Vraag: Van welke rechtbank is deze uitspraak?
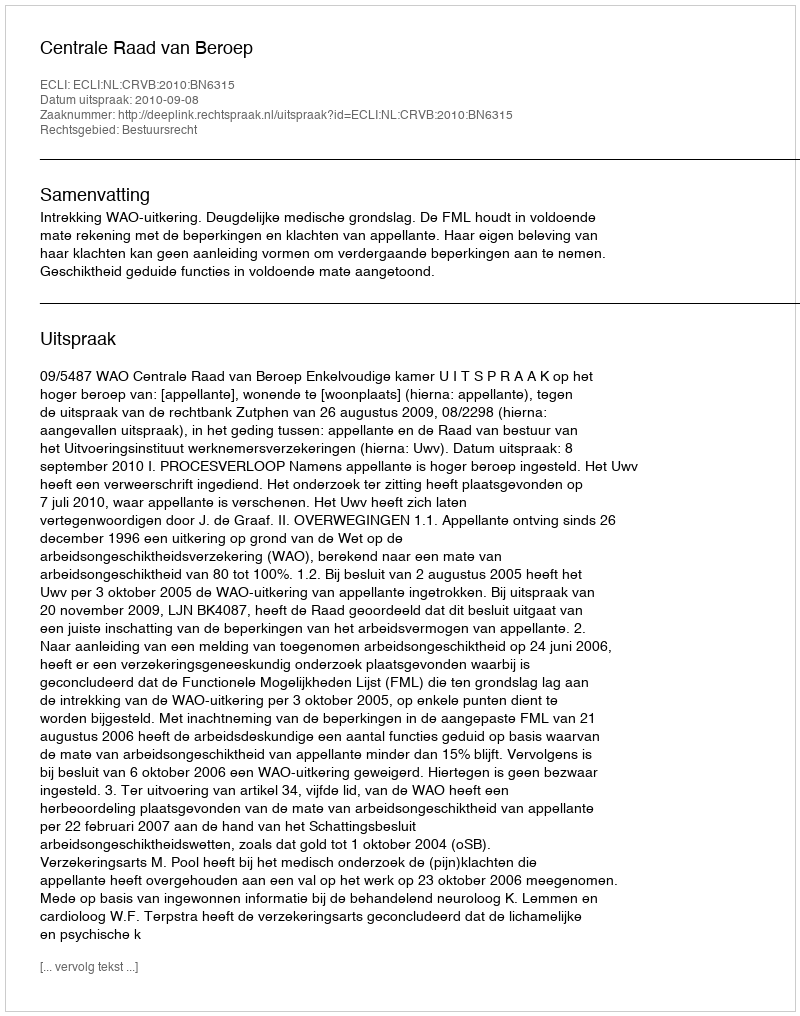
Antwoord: Centrale Raad van Beroep